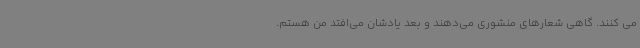
می کنند. گاهی شعارهای منشوری می‌دهند و بعد یادشان می‌افتد من هستم.